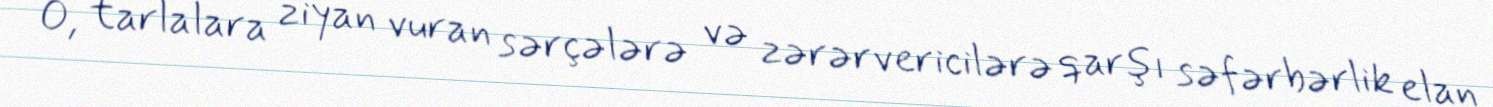
O, tarlalara ziyan vuran sərçələrə və zərərvericilərə qarşı səfərbərlik elan